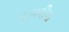
વામલીયા